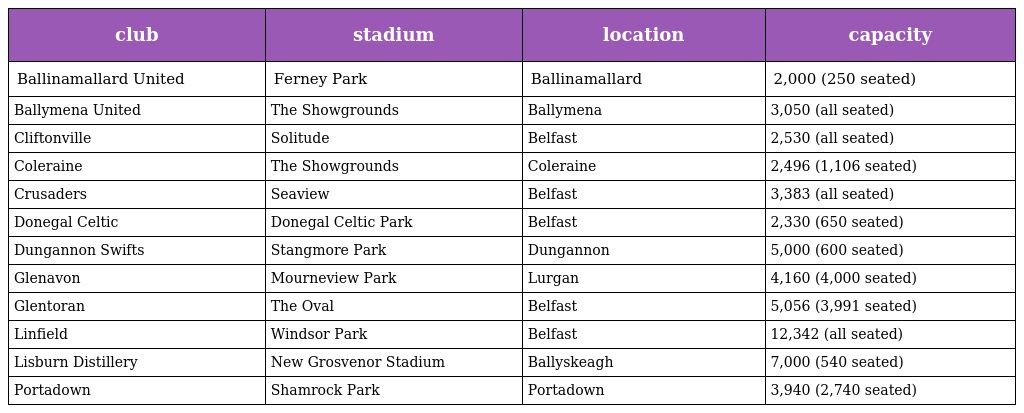
| club | stadium | location | capacity |
 | --- | --- | --- | --- |
 | Ballinamallard United | Ferney Park | Ballinamallard | 2,000 (250 seated) |
 | Ballymena United | The Showgrounds | Ballymena | 3,050 (all seated) |
 | Cliftonville | Solitude | Belfast | 2,530 (all seated) |
 | Coleraine | The Showgrounds | Coleraine | 2,496 (1,106 seated) |
 | Crusaders | Seaview | Belfast | 3,383 (all seated) |
 | Donegal Celtic | Donegal Celtic Park | Belfast | 2,330 (650 seated) |
 | Dungannon Swifts | Stangmore Park | Dungannon | 5,000 (600 seated) |
 | Glenavon | Mourneview Park | Lurgan | 4,160 (4,000 seated) |
 | Glentoran | The Oval | Belfast | 5,056 (3,991 seated) |
 | Linfield | Windsor Park | Belfast | 12,342 (all seated) |
 | Lisburn Distillery | New Grosvenor Stadium | Ballyskeagh | 7,000 (540 seated) |
 | Portadown | Shamrock Park | Portadown | 3,940 (2,740 seated) |